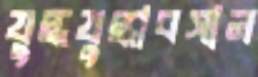
যুদ্ধযুদ্ধাবসান